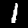
Digit: 1